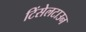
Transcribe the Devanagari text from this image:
टिंसेलटाउन